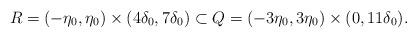
LaTeX: \begin{align*}R=(-\eta_{0},\eta_{0})\times(4\delta_{0},7\delta_{0})\subset Q=(-3\eta_{0},3\eta_{0})\times(0,11\delta_{0}).\end{align*}